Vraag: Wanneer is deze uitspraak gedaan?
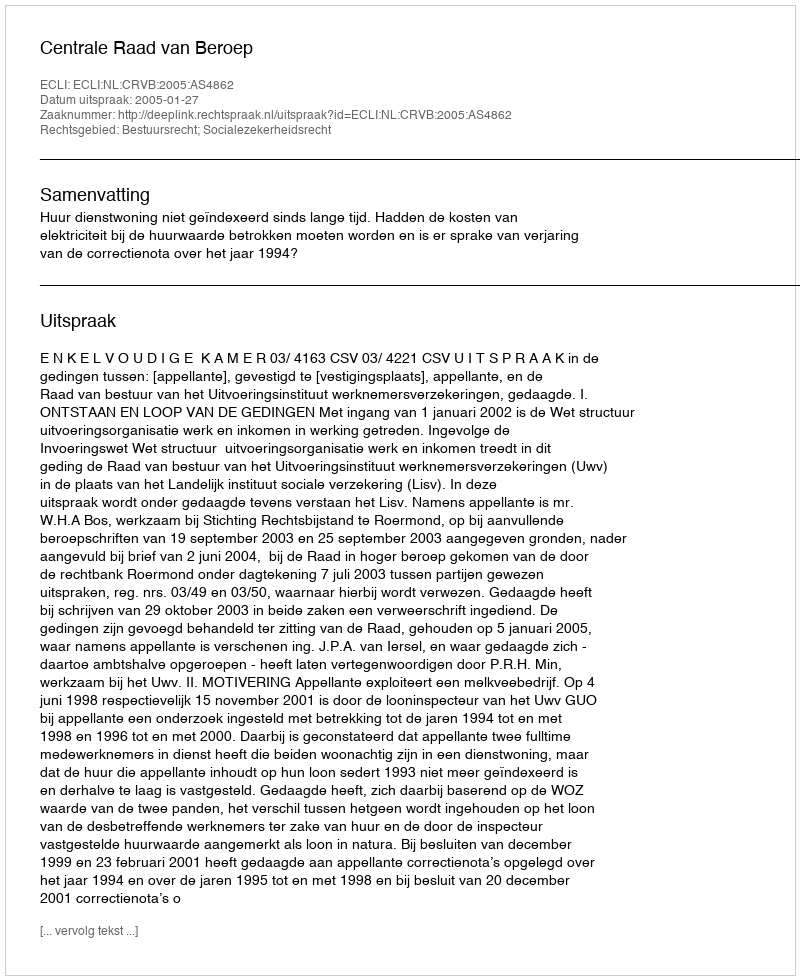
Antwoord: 2005-01-27